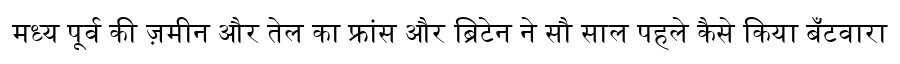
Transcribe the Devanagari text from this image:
मध्य पूर्व की ज़मीन और तेल का फ्रांस और ब्रिटेन ने सौ साल पहले कैसे किया बँटवारा